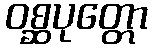
ဝစ္ဆပုတ္တော